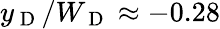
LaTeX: y_{\mathrm{~D~}}/W_{\mathrm{~D~}}\approx-0.28